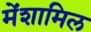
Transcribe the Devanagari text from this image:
मेंशामिल